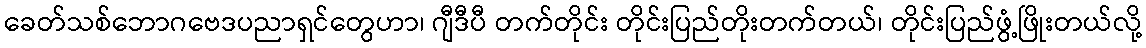
ခေတ်သစ်ဘောဂဗေဒပညာရှင်တွေဟာ၊ ဂျီဒီပီ တက်တိုင်း တိုင်းပြည်တိုးတက်တယ်၊ တိုင်းပြည်ဖွံ့ဖြိုးတယ်လို့